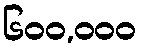
၆၀၀,၀၀၀